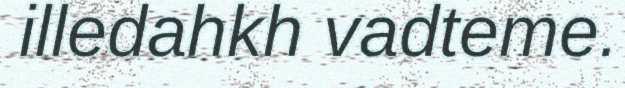
illedahkh vadteme.